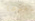
عندما